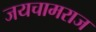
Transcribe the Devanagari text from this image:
जयचामराज